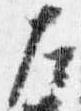
左